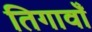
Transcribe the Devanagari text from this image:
तिगावाँ